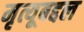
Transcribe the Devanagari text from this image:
मृत्यूबद्दल